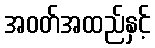
အဝတ်အထည်နှင့်